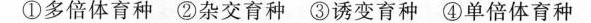
①多倍体育种 ②杂交育种 ③诱变育种 ④单倍体育种